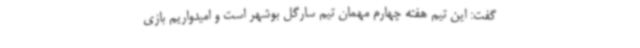
گفت: این تیم هفته چهارم مهمان تیم سارگل بوشهر است و امیدواریم بازی